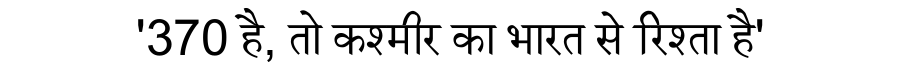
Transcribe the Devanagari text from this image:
'370 है, तो कश्मीर का भारत से रिश्ता है'